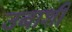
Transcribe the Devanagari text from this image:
उबाशी